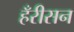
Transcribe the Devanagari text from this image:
हँरीसन